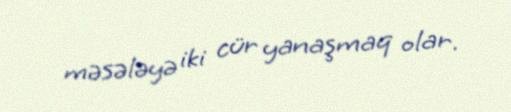
məsələyə iki cür yanaşmaq olar.